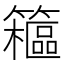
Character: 䉩